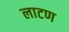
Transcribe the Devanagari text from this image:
लाटण